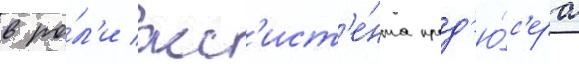
в ро́л'и асс'ист'е́нта прод'ю́с'ера